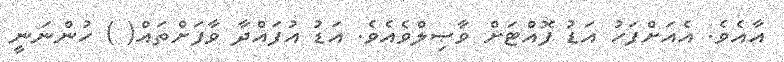
އާއެވެ. އެއަށްފަހު އަޑު ފޮއްޓަށް ވާޞިލްވެއެވެ. އަޑު އުފައްދާ ވާފަށްތައް( ) ހުންނަނީ